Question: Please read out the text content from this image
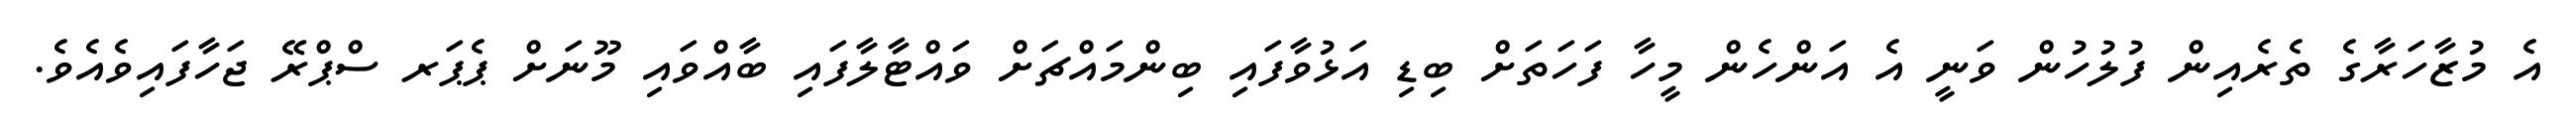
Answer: އެ މުޒާހަރާގެ ތެރެއިން ފުލުހުން ވަނީ އެ އަންހެން މީހާ ފަހަތަށް ބިޑި އަޅުވާފައި ބިންމައްޗަށް ވައްޓާލާފައި ބާއްވައި މޫނަށް ޕެޕަރ ސްޕްރޭ ޖަހާފައިވެއެވެ.